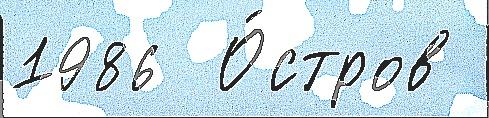
1986  О́стров